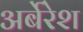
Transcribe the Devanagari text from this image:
अर्बेरेश